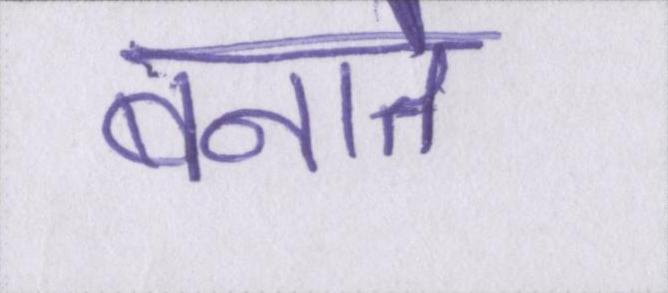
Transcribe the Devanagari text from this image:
बनाते